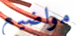
مواضيع